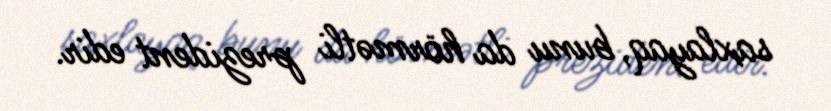
saxlayaq, bunu da hörmətli prezident edir.